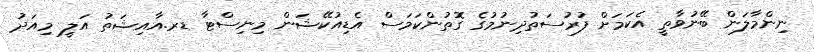
ނިންމާލަން ބޭނުވާތީ އެކަމަށް ފުރުސަތުދިނުމުގެ ގޮތުންކަމަސް އެޑިއުކޭޝަން މިނިސްޓާ ޑރ.އާއިޝަތު އަލީ މިއަދު